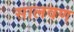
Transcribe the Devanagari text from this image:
सालवण